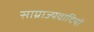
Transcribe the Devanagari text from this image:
साग्राज्यवादियों